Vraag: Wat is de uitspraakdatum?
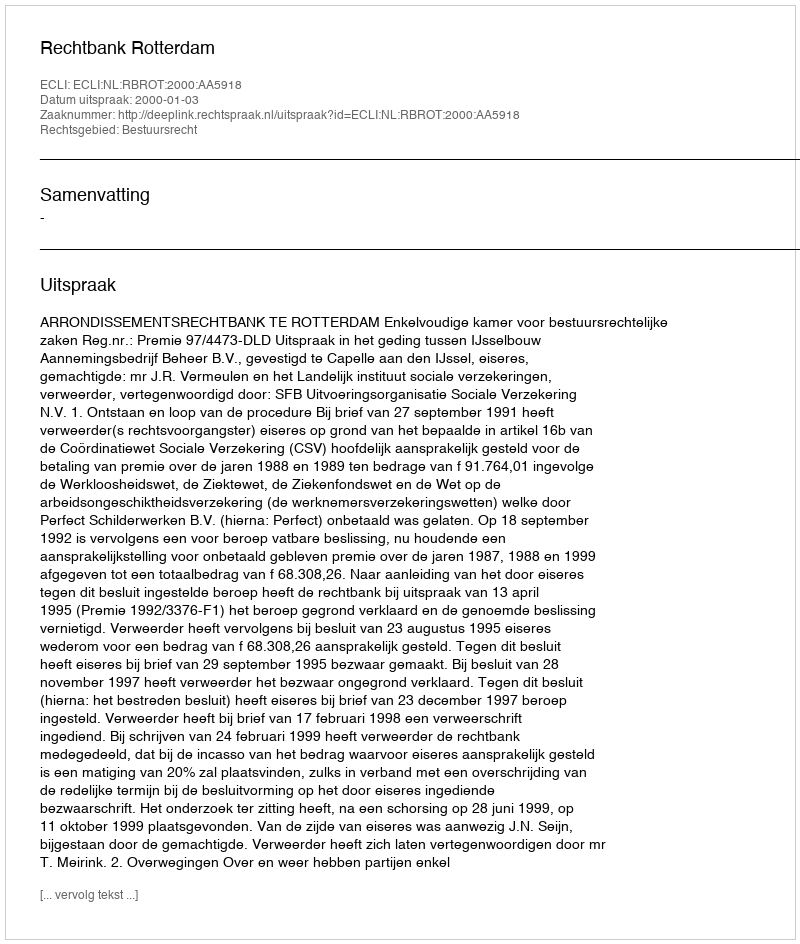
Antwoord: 2000-01-03